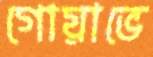
গোয়াভে